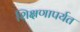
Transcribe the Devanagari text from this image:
शिक्षणापर्यत